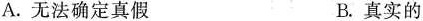
A.无法确定真假 B.真实的